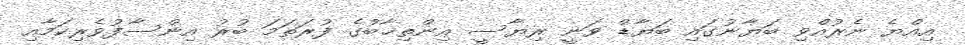
އިއްޔެ ނެރުއްވި ބަޔާނުގައި ބަޔާޑް ވަނީ ރިޔާސީ އިންތިޚާބުގެ ފުރަތަމަ ބުރު އިންސާފުވެރިކަމާއި